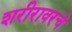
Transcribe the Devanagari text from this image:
शरीरावरचे